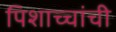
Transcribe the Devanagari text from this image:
पिशाच्चांची